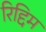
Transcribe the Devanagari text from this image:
रिद्दिम